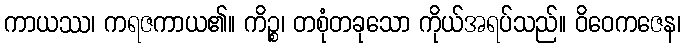
ကာယဿ၊ ကရဇကာယ၏။ ကိဉ္စ၊ တစုံတခုသော ကိုယ်အရပ်သည်။ ဝိဝေကဇေန၊